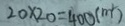
2 0 \times 2 0 = 4 0 0 ( m ^ { 2 } )